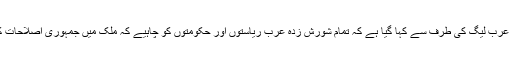
روئٹرز کو ایک بیان دیتے ہوئے عرب لیگ کی طرف سے کہا گیا ہے کہ تمام شورش زدہ عرب ریاستوں اور حکومتوں کو چاہیے کہ ملک میں جمہوری اصلاحات کا سلسلہ تیزی سے آگے بڑھائیں۔